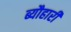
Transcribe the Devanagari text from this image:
ब्यौहारी